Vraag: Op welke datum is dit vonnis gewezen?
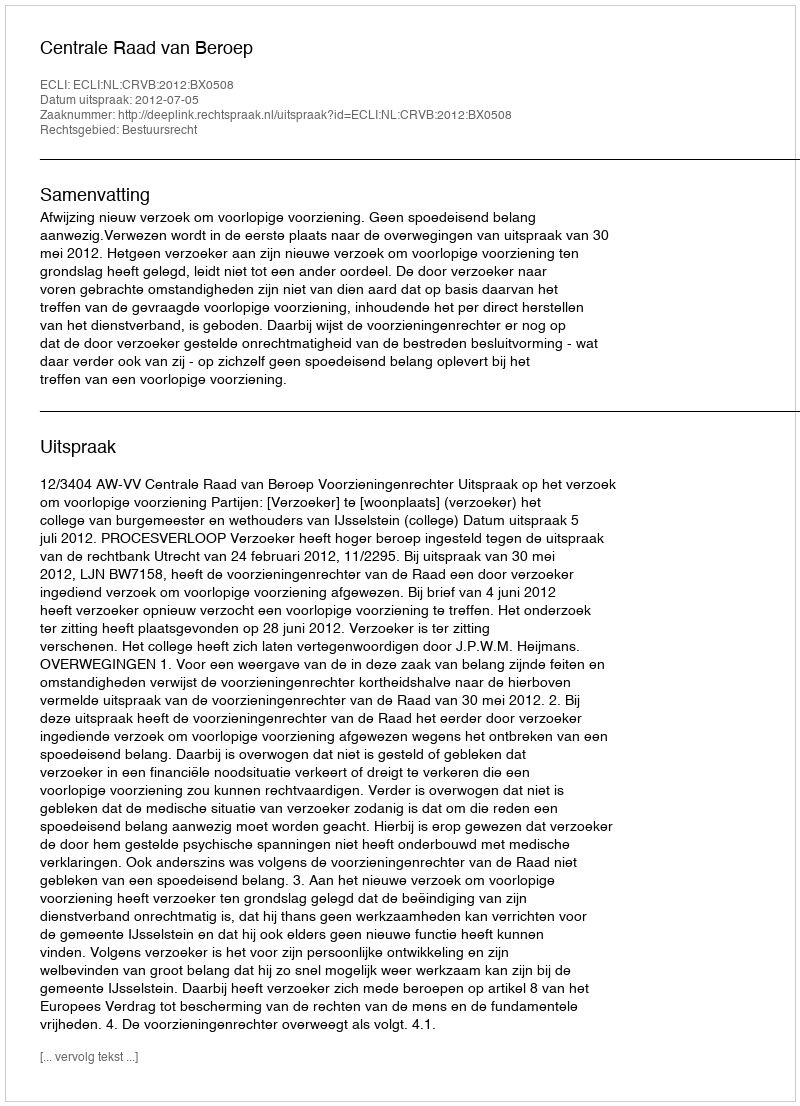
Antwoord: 2012-07-05